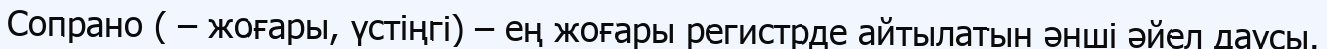
Сопрано ( – жоғары, үстіңгі) – ең жоғары регистрде айтылатын әнші әйел даусы.